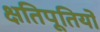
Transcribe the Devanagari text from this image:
क्षतिपूतियों